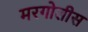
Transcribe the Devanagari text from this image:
मरगोलीस